Papers set at the Examination for Leaving Certificates, 1891
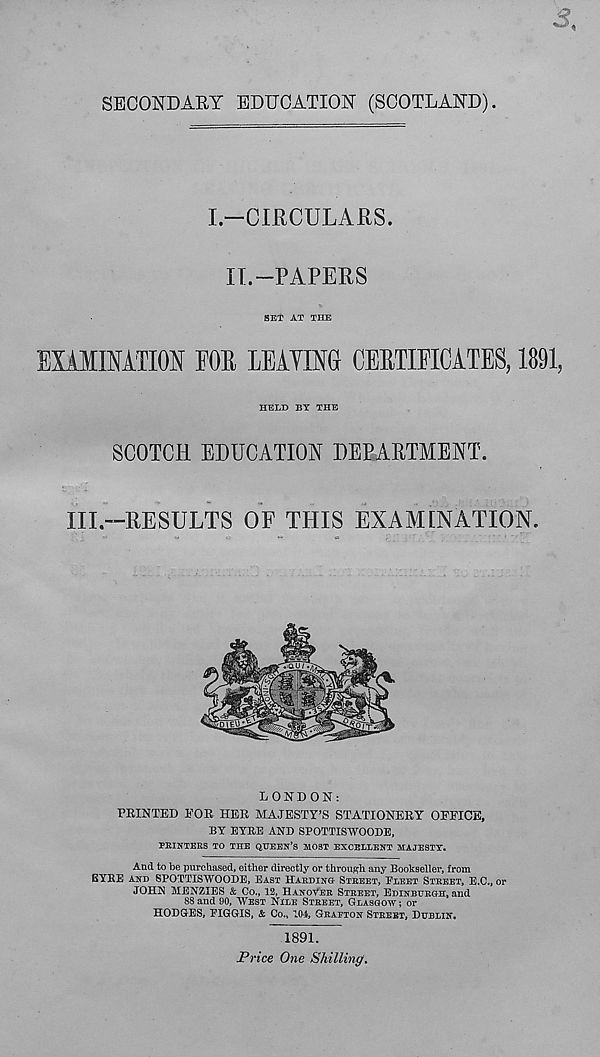
SECONDARY EDUCATION (SCOTLAND)
I.—CIRCULARS.
IT.—PAPERS
SET AT THE
EXAIfflATIOS FOB LEAVING CERTIFICATES, 1891,
HELD BY THE
SCOTCH EDUCATION DEPARTMENT.
III.--RESULTS OF THIS EXAMINATION.
LONDON:
FEINTED EOR HEE MAJESTY’S STATIONERY OFFICE,
BY EYRE AND SPOTTISWOODE,
PRINTERS TO THE QUEEN’S MOST EXCELLENT MAJESTY.
And to be purchased, either directly or through, any Bookseller, from
BYRE AND SPOTTISWOODE, EAST HARDING- STREET, FLEET STREET, E.C., or
JOHN MENZIES & Co., 12, HANOVER STREET, EDINBURGH, and
88 and 90, WEST NILE STREET, GLASGOW ; or
HODGES, FIGGIS, & Co. v 104, GRAPTON STREET, DUBLIN.
1891.
Price One Shilling.